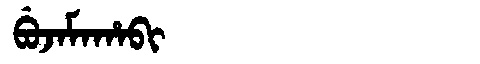
Manchu: ᠪᡠᠵᠠᠮᠠᡥᠠᠪᡳ
Romanization: BUJAMAHABI